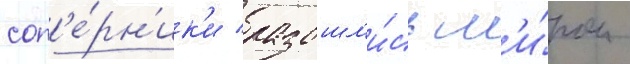
соп'е́рн'ик'и разошл'и́сь м'и́ром